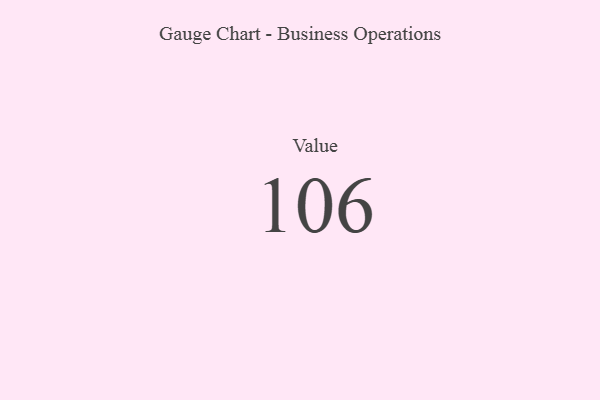
{"axis": {"x": "Metric", "y": "Value"}, "legend": [""], "data": [{"x": "Value", "y": 106, "type": ""}]}